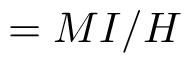
= M I / H